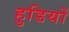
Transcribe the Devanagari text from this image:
हुडियों